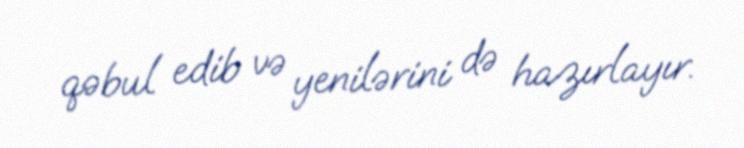
qəbul edib və yenilərini də hazırlayır.